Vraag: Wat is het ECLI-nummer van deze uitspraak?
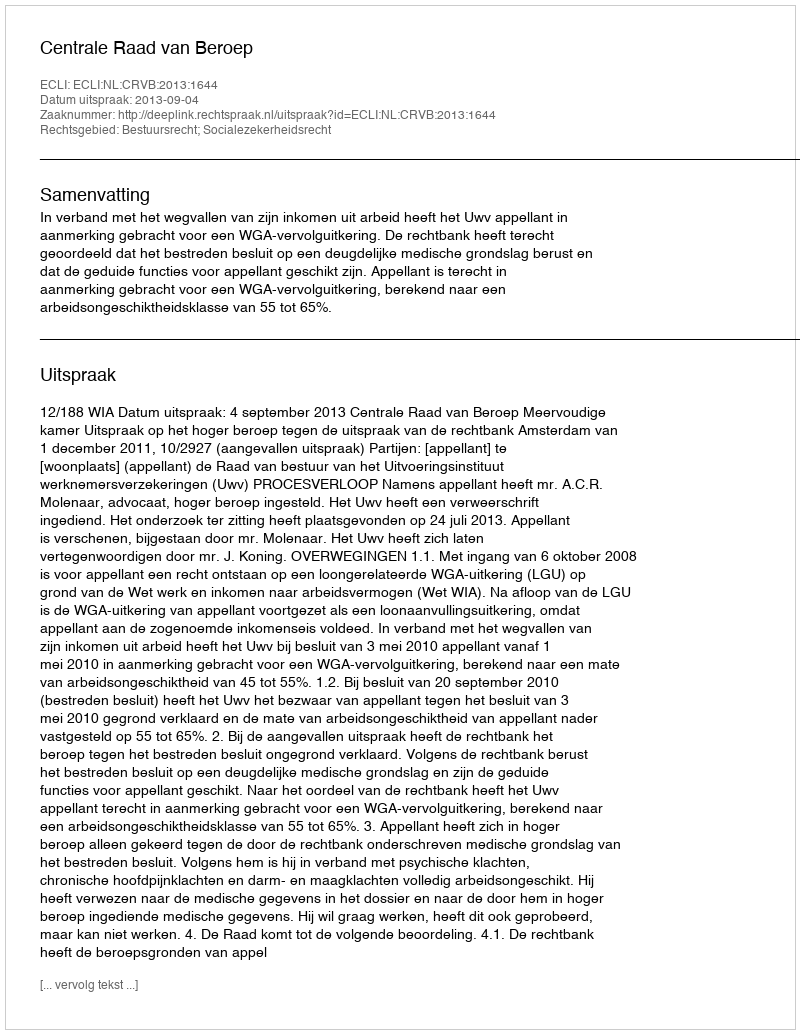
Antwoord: ECLI:NL:CRVB:2013:1644